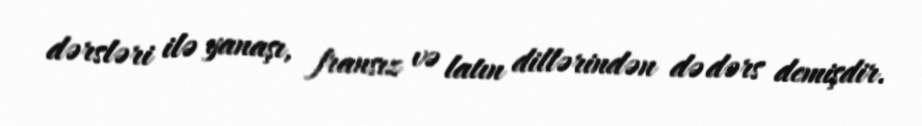
dərsləri ilə yanaşı, fransız və latın dillərindən də dərs demişdir.